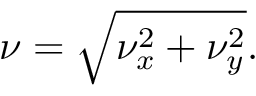
\nu = \sqrt { \nu _ { x } ^ { 2 } + \nu _ { y } ^ { 2 } } .